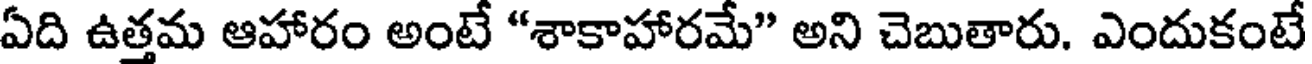
ఏది ఉత్తమ ఆహారం అంటే "శాకాహారమే" అని చెబుతారు. ఎందుకంటే